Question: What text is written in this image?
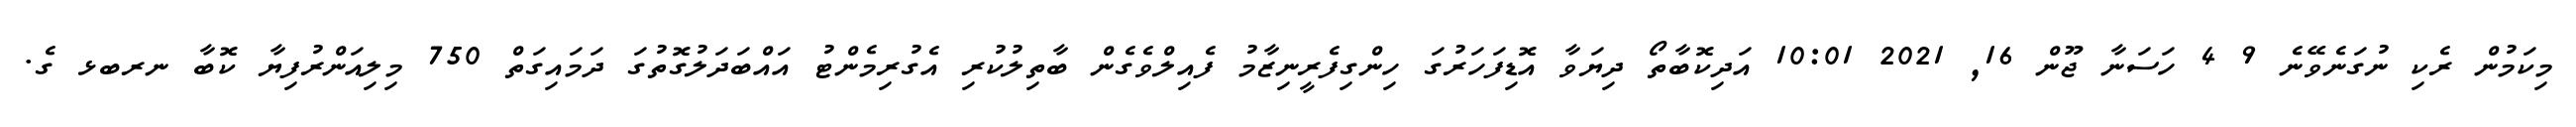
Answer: މިކަމުން ރެކި ނުގަނެވޭނެ 9 4 ހަސަނާ ޖޫން 16, 2021 10:01 އަދިކޮބާތޯ ދިޔަވާ އޮޑިފަހަރުގަ ހިންގިފެރީނިޒާމު ފެއިލްވެގެން ބާތިލުކުރި އެގުރިމެންޓު އައްބަދަލުގޮތުގަ ދަމައިގަތް 750 މިލިއަންރުފިޔާ ކޮބާ ނރބޅ ގެ.